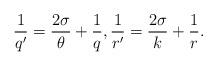
LaTeX: \begin{align*}\frac{1}{q'}=\frac{2\sigma}{\theta}+\frac{1}{q},\frac{1}{r'}=\frac{2\sigma}{k}+\frac{1}{r}.\end{align*}